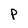
Character: p